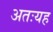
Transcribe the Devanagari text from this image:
अतःयह